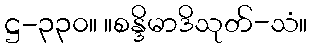
ဋ္ဌ-၃၃၀။ ။စန္ဒိမာဒိသုတ်-သံ။